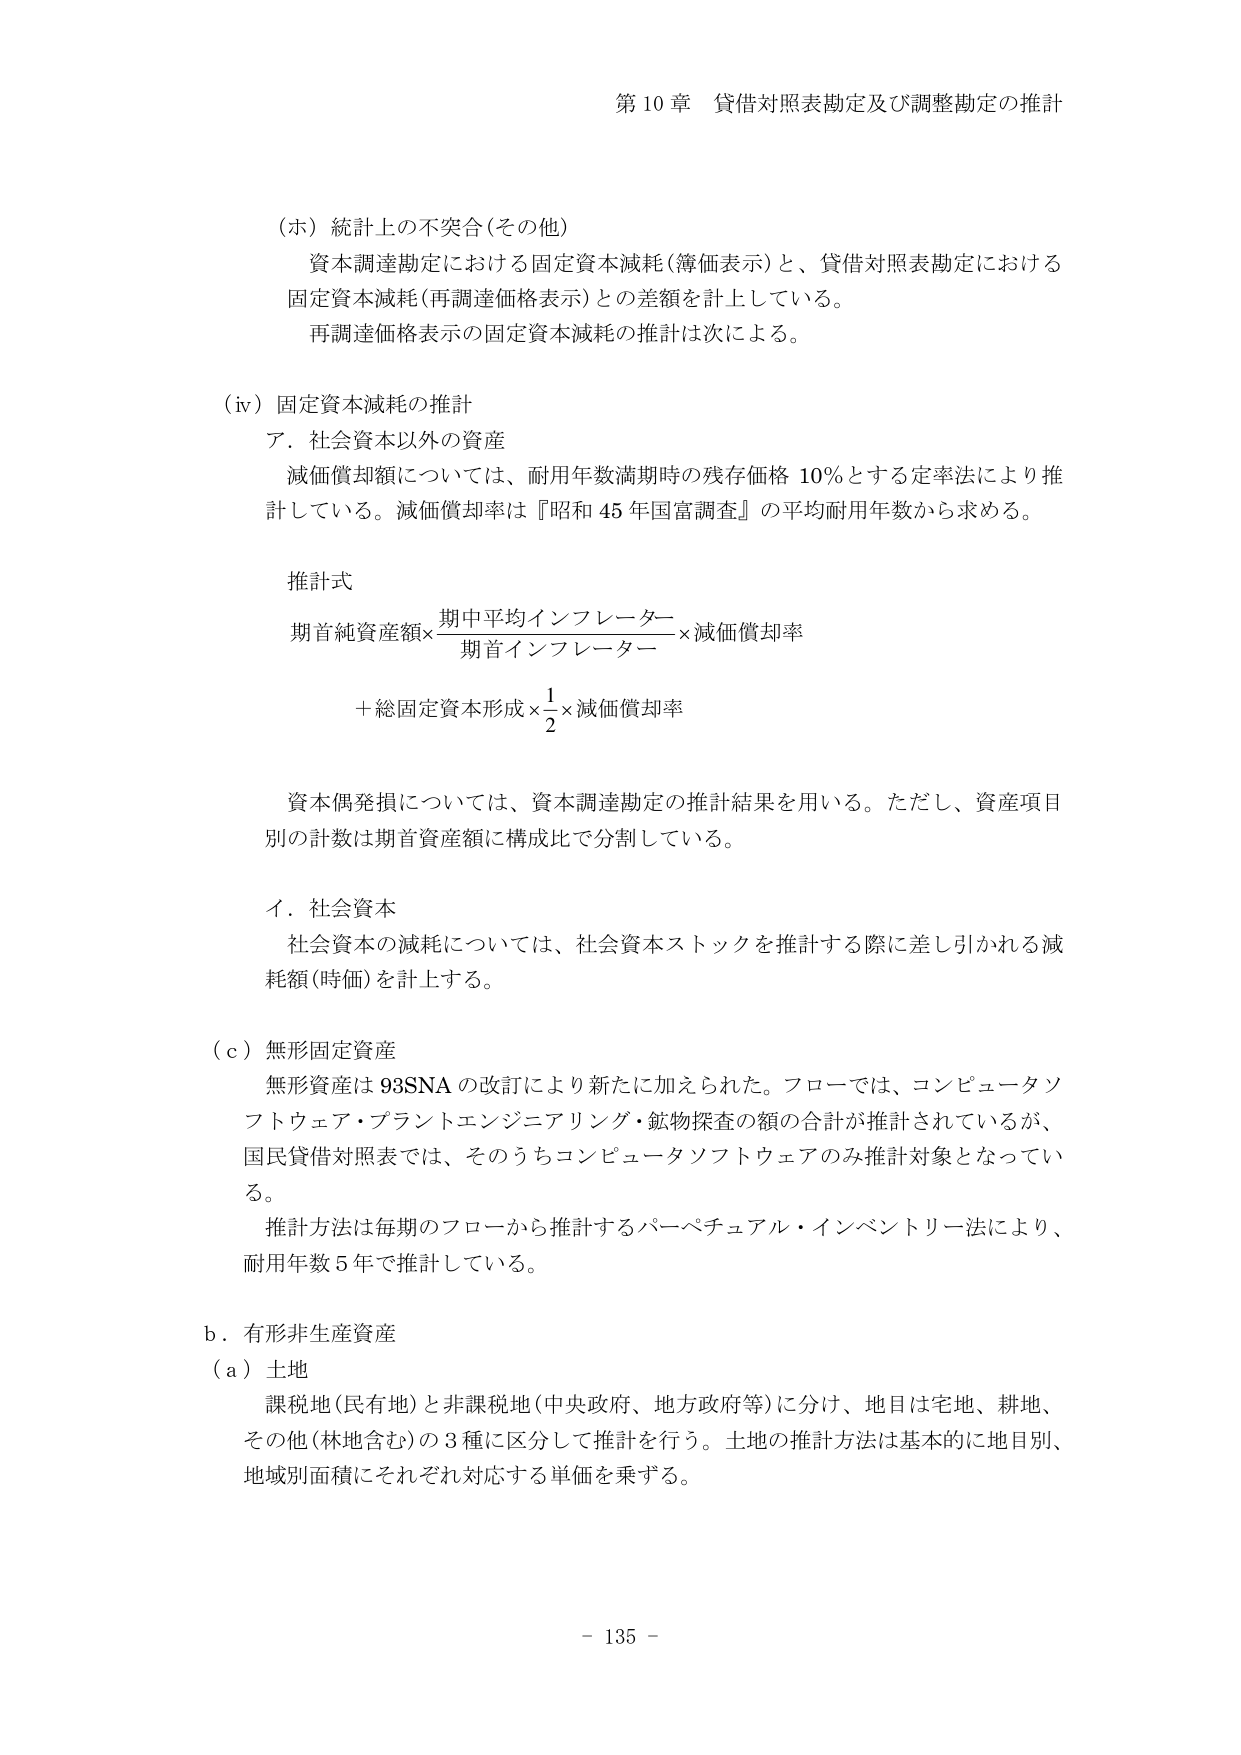
第10章 貸借対照表勘定及び調整勘定の推計

（ホ）統計上の不突合（その他）
　資本調達勘定における固定資本減耗（簿価表示）と、貸借対照表勘定における
　固定資本減耗（再調達価格表示）との差額を計上している。
　再調達価格表示の固定資本減耗の推計は次による。

（iv）固定資本減耗の推計
　ア．社会資本以外の資産
　　減価償却額については、耐用年数満期時の残存価格 10％とする定率法により推
　　計している。減価償却率は『昭和45年国富調査』の平均耐用年数から求める。

　　推計式
　　期首純資産額×（期中平均インフレーター／期首インフレーター）×減価償却率
　　　＋総固定資本形成×（1／2）×減価償却率

　　資本偶発損については、資本調達勘定の推計結果を用いる。ただし、資産項目
　　別の計数は期首資産額に構成比で分割している。

　イ．社会資本
　　社会資本の減耗については、社会資本ストックを推計する際に差し引かれる減
　　耗額（時価）を計上する。

（ｃ）無形固定資産
　　無形資産は93SNAの改訂により新たに加えられた。フローでは、コンピュータソ
　　フトウェア・プラントエンジニアリング・鉱物探査の額の合計が推計されているが、
　　国民貸借対照表では、そのうちコンピュータソフトウェアのみ推計対象となってい
　　る。
　　推計方法は毎期のフローから推計するパーペチュアル・インベントリー法により、
　　耐用年数5年で推計している。

ｂ．有形非生産資産
（ａ）土地
　　課税地（民有地）と非課税地（中央政府、地方政府等）に分け、地目は宅地、耕地、
　　その他（林地含む）の3種に区分して推計を行う。土地の推計方法は基本的に地目別、
　　地域別面積にそれぞれ対応する単価を乗ずる。

－ 135 －